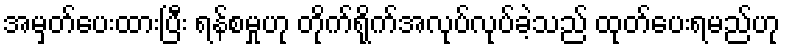
အမှတ်ပေးထားပြီး ရန်စမှုဟု တိုက်ရိုက်အလုပ်လုပ်ခဲ့သည် ထုတ်ပေးရမည်ဟု